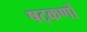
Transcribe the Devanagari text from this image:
षट्‌कणों